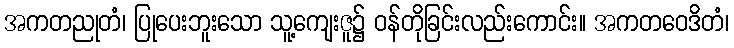
အကတညုတံ၊ ပြုပေးဘူးသော သူ့ကျေးဇူ၌ ဝန်တိုခြင်းလည်းကောင်း။ အကတဝေဒိတံ၊